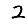
Digit: 2